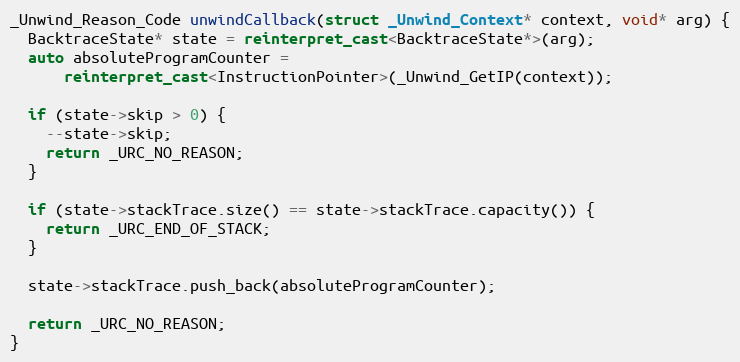
Language: C++
_Unwind_Reason_Code unwindCallback(struct _Unwind_Context* context, void* arg) {
  BacktraceState* state = reinterpret_cast<BacktraceState*>(arg);
  auto absoluteProgramCounter =
      reinterpret_cast<InstructionPointer>(_Unwind_GetIP(context));

  if (state->skip > 0) {
    --state->skip;
    return _URC_NO_REASON;
  }

  if (state->stackTrace.size() == state->stackTrace.capacity()) {
    return _URC_END_OF_STACK;
  }

  state->stackTrace.push_back(absoluteProgramCounter);

  return _URC_NO_REASON;
}